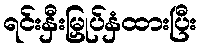
ရင်းနှီးမြှုပ်နှံထားပြီး